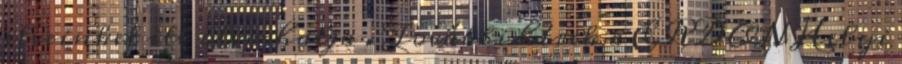
elveinket itt olvashatja . További hírek a ERDON Helyi